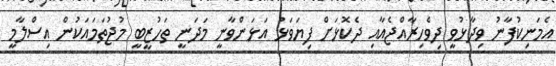
އެމަނިކުފާނު ވިދާޅުވީ ދިވެހިރާއްޖެއާއި ދެކޮޅަށް ފިޔަވަޅު އަޅަންވާނީ މަދަނީ ތަހުޒީބީ މުޖުތަމައަކުން އިސްލާމީ